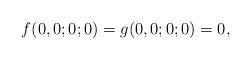
LaTeX: \begin{align*}f(0,0;0;0) = g(0,0;0;0) = 0,\end{align*}